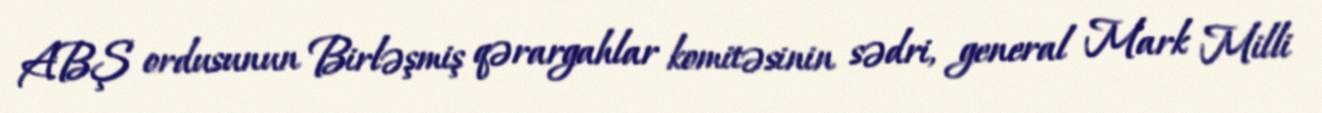
ABŞ ordusunun Birləşmiş qərargahlar komitəsinin sədri, general Mark Milli